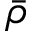
\bar { \rho }